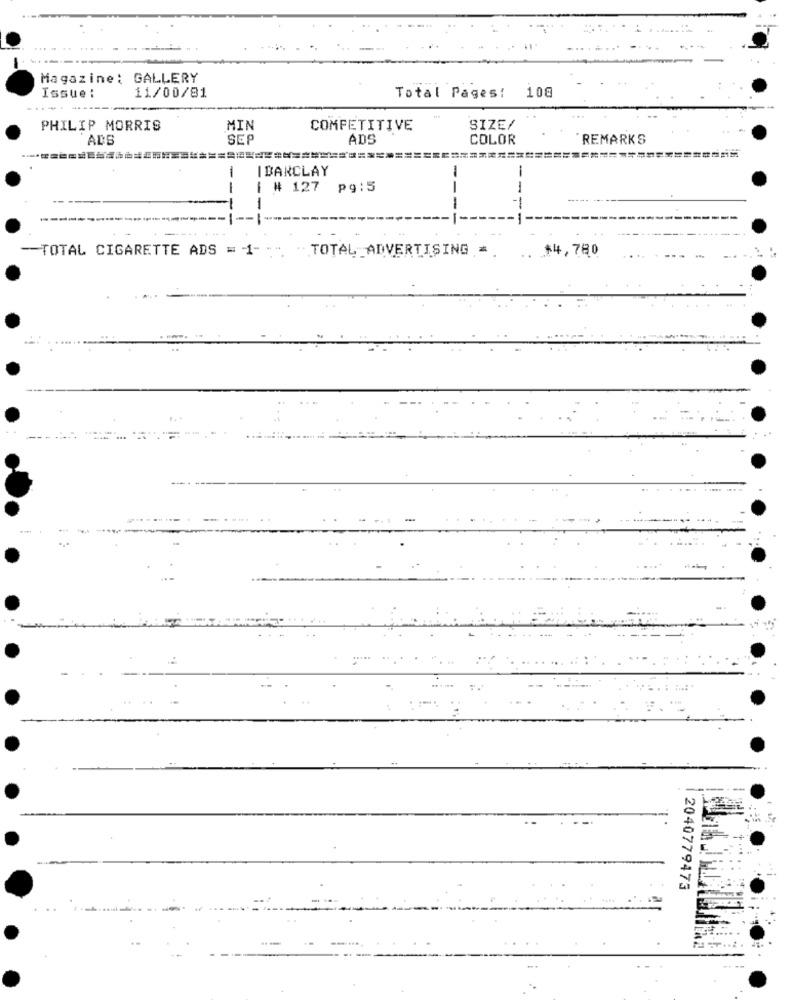
Magazine: GALLERY
Issue :
11/00/81
Total Pages: 108
PHILIP MORRIS
MIN
COMPETITIVE
SIZE/
ADE
SEP
ADS
COLOR
REMARKS
-
I BARCLAY
-
& # 127 pg:5
1
-
----
---
---
------
-
---
--
--
--
--------------------
-TOTAL CIGARETTE ADS = 1-
TOTAL_ADVERTISING =
.. $4,780
-
2040779473